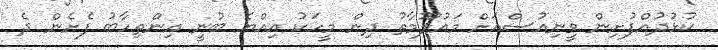
ކުޅުދުއްފުށިން ވީނިއުސްއަށް މައުލޫމާތު ދިން މީހަކު އިއްޔެ ބުނީ އިންތިހާބު ފެށެން ދެ